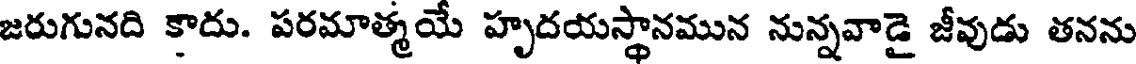
జరుగునది కాదు. పరమాత్మయే హృదయస్థానమున నున్నవాడై జీవుడు తనను